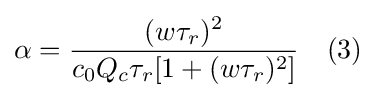
\alpha ={\frac {(w\tau _{r})^{2}}{c_{0}Q_{c}\tau _{r}[1+(w\tau _{r})^{2}]}}\quad (3)